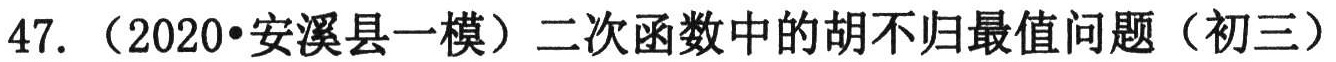
47. （2020•安溪县一模）二次函数中的胡不归最值问题（初三）